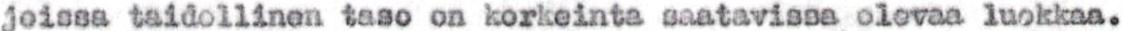
joissa taidollinen taso on korkeinta saatavissa olevaa luokkaa.